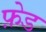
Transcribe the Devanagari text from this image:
फ़ेड